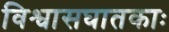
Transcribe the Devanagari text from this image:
विश्वासघातकाः